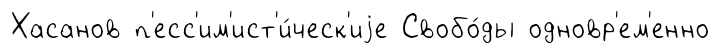
Хасанов п'есс'им'ист'и́ческ'иjе Свобо́ды одновр'ем'енно